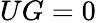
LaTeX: UG=0